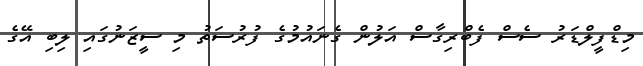
މިޑްފީލްޑަރު ސެސް ފެބްރިގާސް އަލުން ގެނައުމުގެ ފުރުސަތު މި ސީޒަނުގައި ލިބި އޭގެ